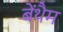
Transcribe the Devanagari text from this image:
बेंथैम